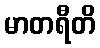
မာတရီတိ